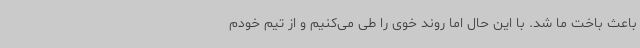
باعث باخت ما شد. با این حال اما روند خوی را طی می‌کنیم و از تیم خودم